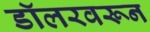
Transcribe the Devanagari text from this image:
डॉलरवरून